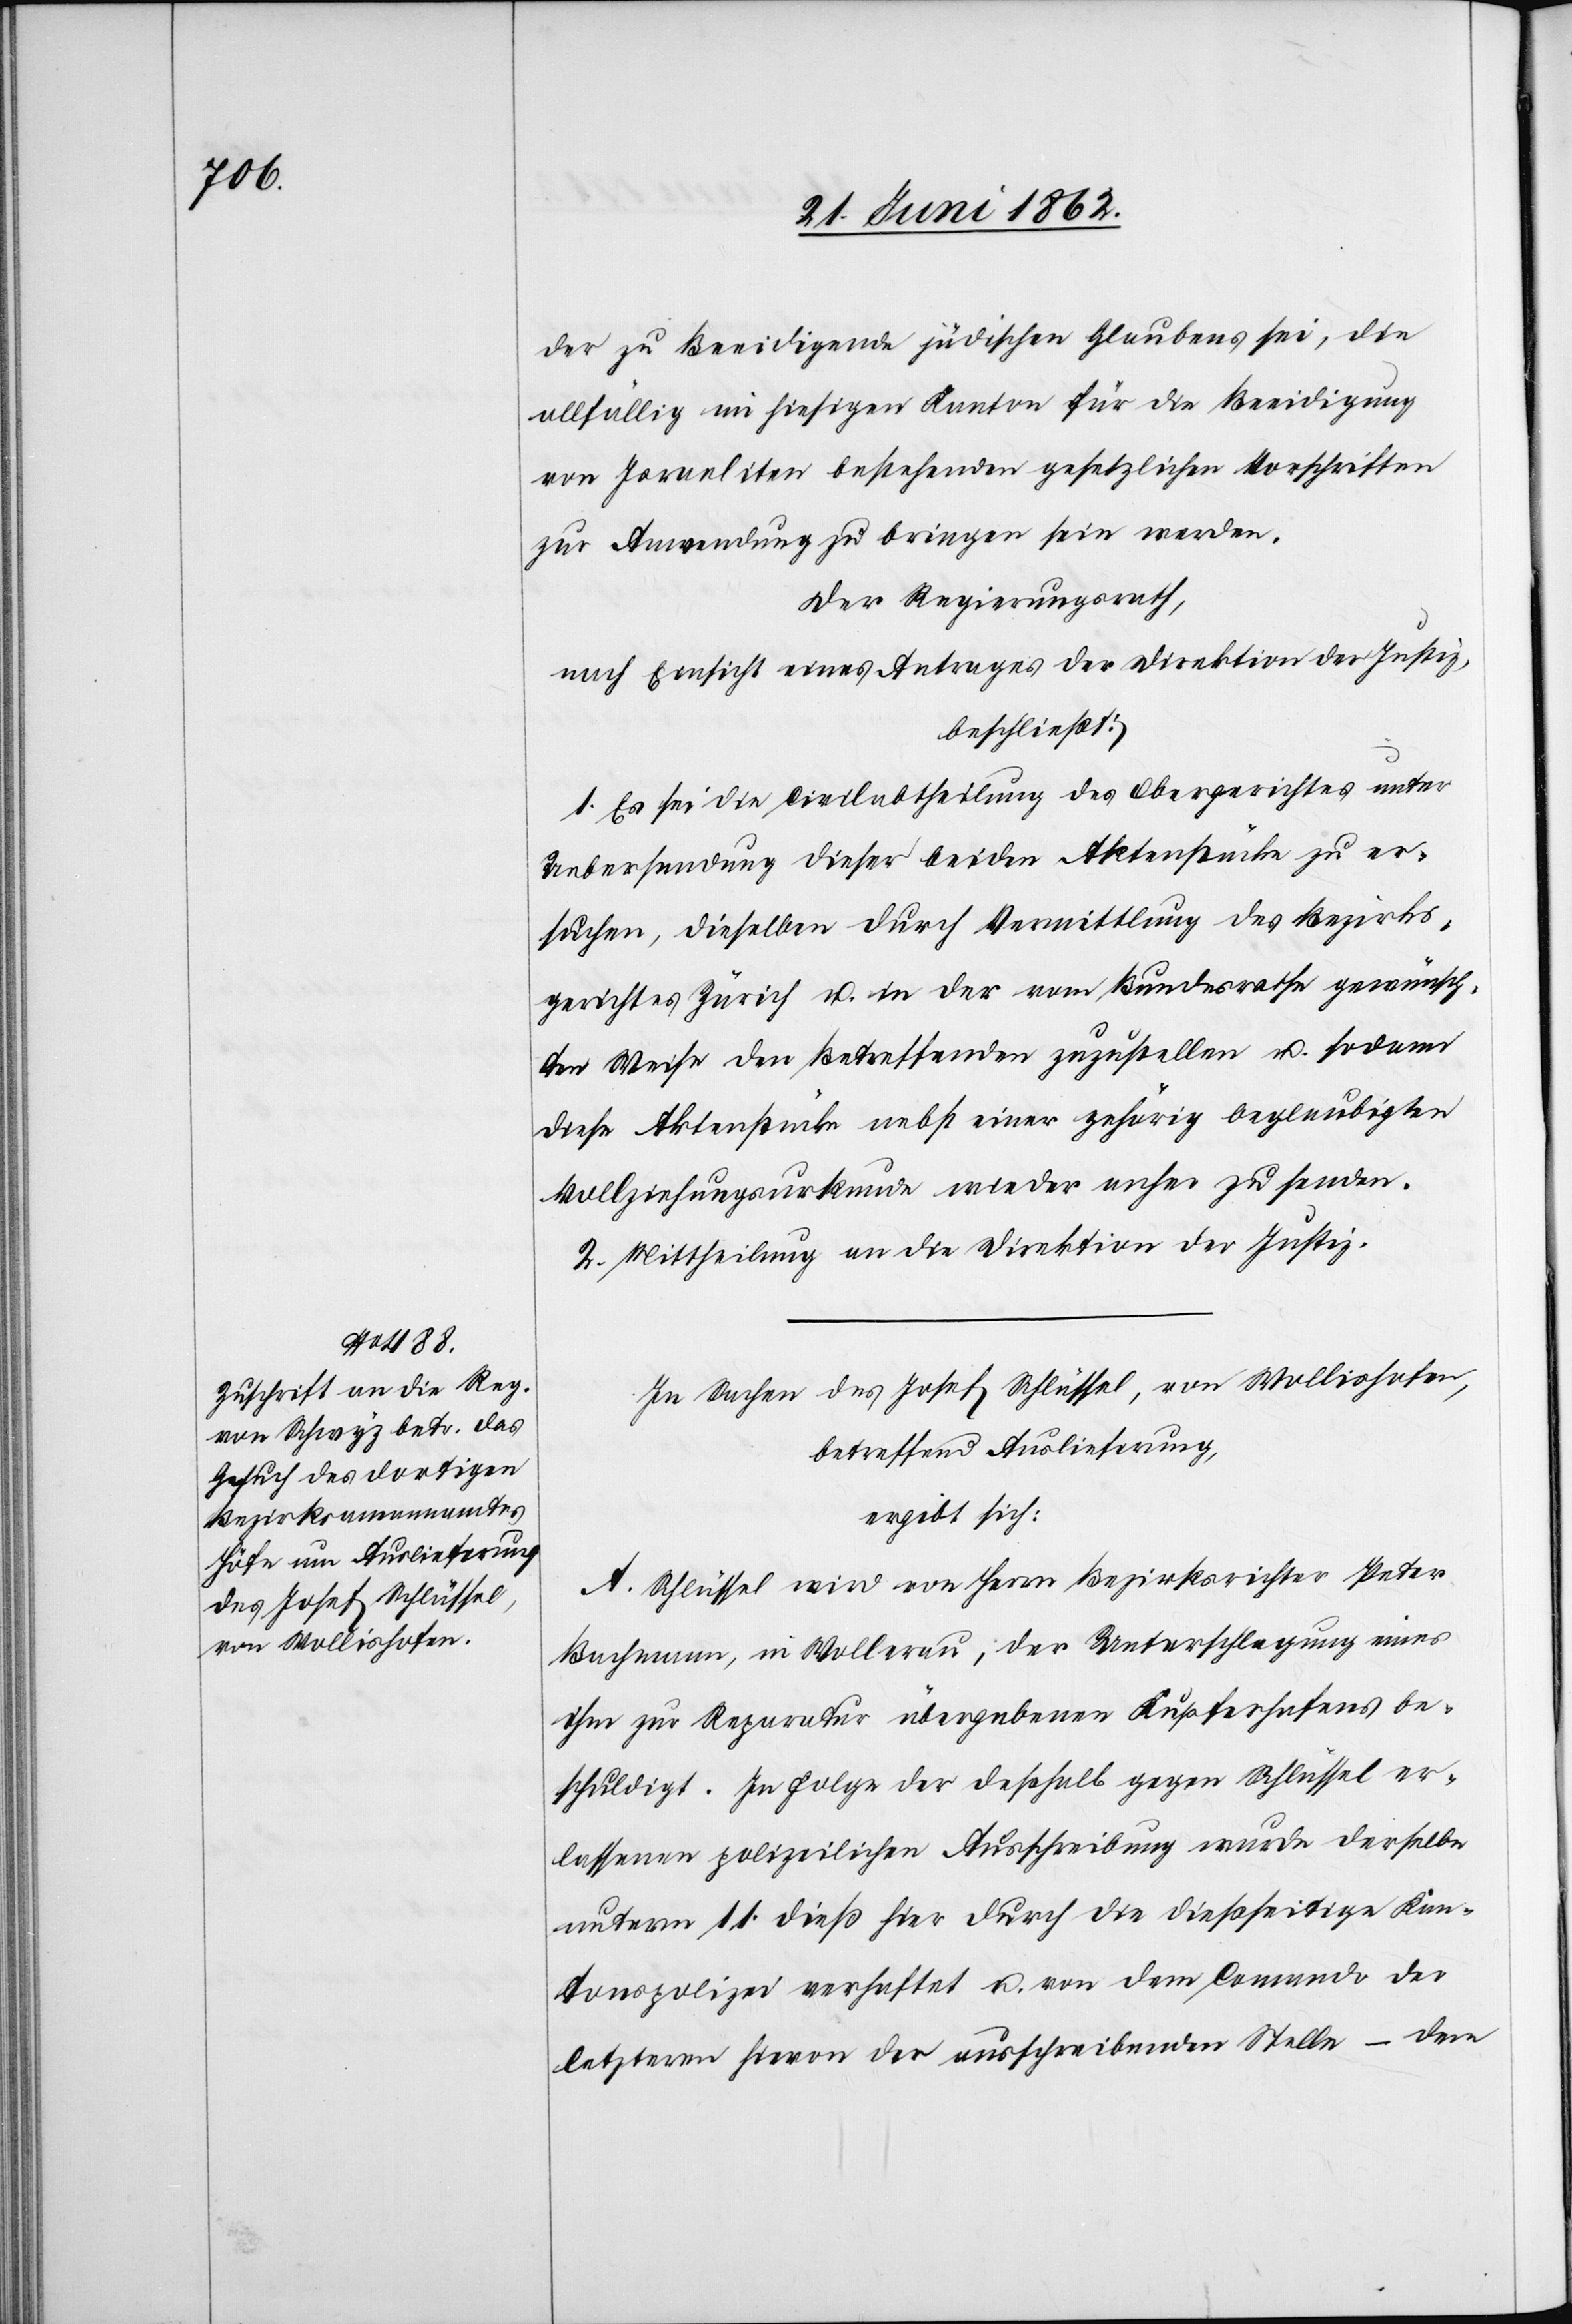
der zu Beeidigende jüdischen Glaubens sei, die
allfällig im hiesigen Kanton für die Beeidigung
von Israeliten bestehenden gesetzlichen Vorschriften
zur Anwendung zu bringen sein werden.
Der Regierungsrath,
nach Einsicht eines Antrages der Direktion der Justiz,
beschließt:
1. Es sei die Civilabtheilung des Obergerichtes unter
Uebersendung dieser beiden Aktenstücke zu er¬
suchen, dieselben durch Vermittlung des Bezirks¬
gerichtes Zürich u. in der vom Bundesrathe gewünsch¬
ten Weise den Betreffenden zuzustellen u. sodann
diese Aktenstücke nebst einer gehörig beglaubigten
Vollziehungsurkunde wieder anher zu senden.
2. Mittheilung an die Direktion der Justiz.
In Sachen des Josef Schlüssel, von Wollishofen,
betreffend Auslieferung,
ergibt sich:
A. Schlüssel wird von Herrn Bezirksrichter Peter
Bachmann, in Wollerau, der Unterschlagung eines
ihm zur Reparatur übergebenen Kupferhafens be¬
schuldigt. In Folge der deßhalb gegen Schlüssel er¬
lassenen polizeilichen Ausschreibung wurde derselbe
unterm 11. dieß hier durch die dießseitige Kan¬
tonspolizei verhaftet u. von dem Comando der
letzteren hievon der ausschreibenden Stelle – dem